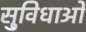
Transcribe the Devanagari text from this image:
सु्विधाओं